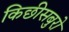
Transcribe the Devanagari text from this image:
किछीसबुरो